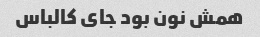
همش نون بود جای کالباس